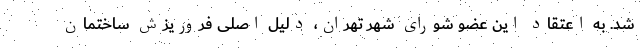
شد. به اعتقاد این عضو شورای شهر تهران، دلیل اصلی فروریزش ساختمان